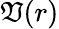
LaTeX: \mathfrak{V}(r)